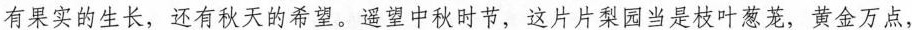
有果实的生长，还有秋天的希望。遥望中秋时节，这片片梨园当是枝叶葱茏、黄金万点，